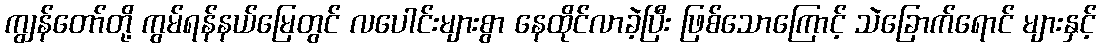
ကျွန်တော်တို့ ကွမ်ရန်နယ်မြေတွင် လပေါင်းများစွာ နေထိုင်လာခဲ့ပြီး ဖြစ်သောကြောင့် သဲခြောက်ရောင် များနှင့်